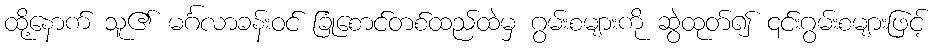
ထို့နောက် သူ၏ မင်္ဂလာခန်းဝင် ခြုံစောင်တစ်ထည်ထဲမှ ဂွမ်းစများကို ဆွဲထုတ်၍ ၎င်းဂွမ်းစများဖြင့်